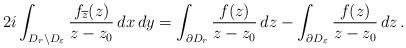
LaTeX: \begin{align*} 2i\int_{D_r\setminus D_\varepsilon}\frac{f_{\overline{z}}(z)}{z-z_0}\, dx\, dy = \int_{\partial D_r} \frac{f(z)}{z-z_0}\, dz - \int_{\partial D_\varepsilon} \frac{f(z)}{z-z_0}\, dz\, .\end{align*}